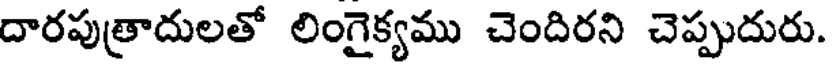
దారపుత్రాదులతో లింగైక్యము చెందిరని చెప్పుదురు.